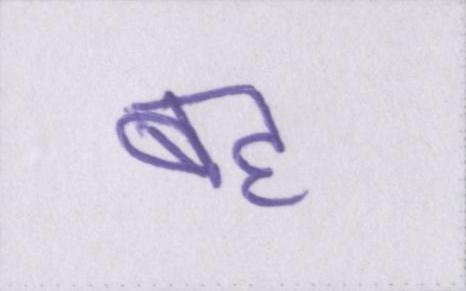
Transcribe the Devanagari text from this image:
बह